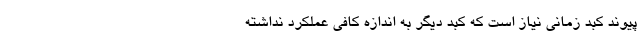
پیوند کبد زمانی نیاز است که کبد دیگر به اندازه کافی عملکرد نداشته